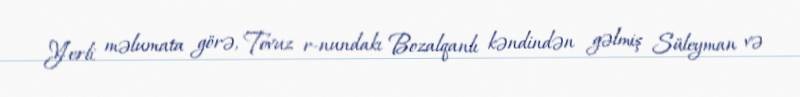
Yerli məlumata görə, Tovuz r-nundakı Bozalqanlı kəndindən gəlmiş Süleyman və